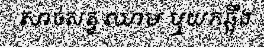
សាច់សត្វ ឈាម ឬយកឆ្អឹង